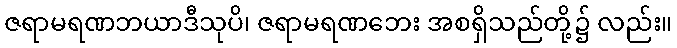
ဇရာမရဏဘယာဒီသုပိ၊ ဇရာမရဏဘေး အစရှိသည်တို့၌ လည်း။